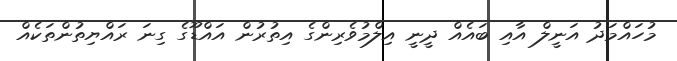
މުހައްމަދު އަނީލް އާއި ބައެއް ދީނީ އިލްމުވެރިންގެ އިތުރުން އައްޑޫގެ ގިނަ ރައްޔިތުންތަކެއް